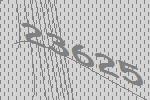
23625